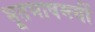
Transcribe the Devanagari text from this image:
भूतभाषमयीं